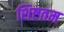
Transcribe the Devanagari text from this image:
शिष्टतम